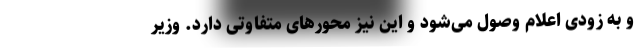
و به زودی اعلام وصول می‌شود و این نیز محورهای متفاوتی دارد. وزیر